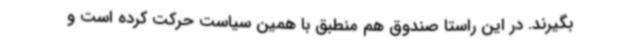
بگیرند. در این راستا صندوق هم منطبق با همین سیاست حرکت کرده است و